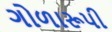
ગોળારૂપી